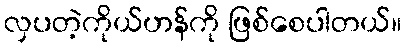
လှပတဲ့ကိုယ်ဟန်ကို ဖြစ်စေပါတယ်။